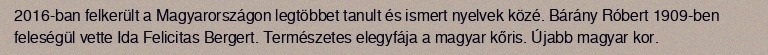
2016-ban felkerült a Magyarországon legtöbbet tanult és ismert nyelvek közé. Bárány Róbert 1909-ben feleségül vette Ida Felicitas Bergert. Természetes elegyfája a magyar kőris. Újabb magyar kor.